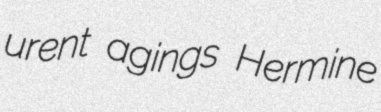
urent agings Hermine